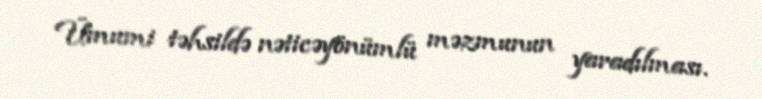
Ümumi təhsildə nəticəyönümlü məzmunun yaradılması.